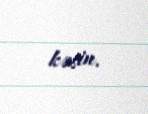
kəsin.